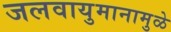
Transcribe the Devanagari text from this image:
जलवायुमानामुळे